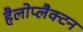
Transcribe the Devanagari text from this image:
हैलोप्लैक्टन